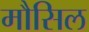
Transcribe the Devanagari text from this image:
मौसिल